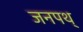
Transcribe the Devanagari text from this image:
जनपथ्